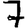
Digit: 7